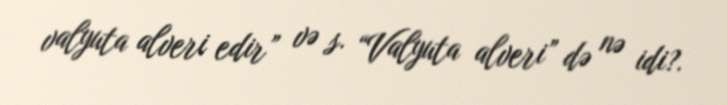
valyuta alveri edir” və s. “Valyuta alveri” də nə idi?.